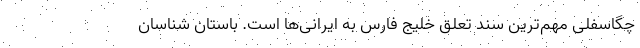
چگاسفلی مهم‌ترین سند تعلق خلیج فارس به ایرانی‌ها است. باستان شناسان